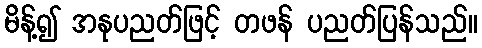
မိန့်၍ အနုပညတ်ဖြင့် တဖန် ပညတ်ပြန်သည်။